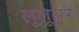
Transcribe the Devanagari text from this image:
लूलूसर